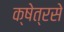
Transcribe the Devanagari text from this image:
क्षेत्रसे